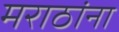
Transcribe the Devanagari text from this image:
मराठांना